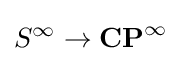
S^{\infty }\to \mathbf {CP} ^{\infty }